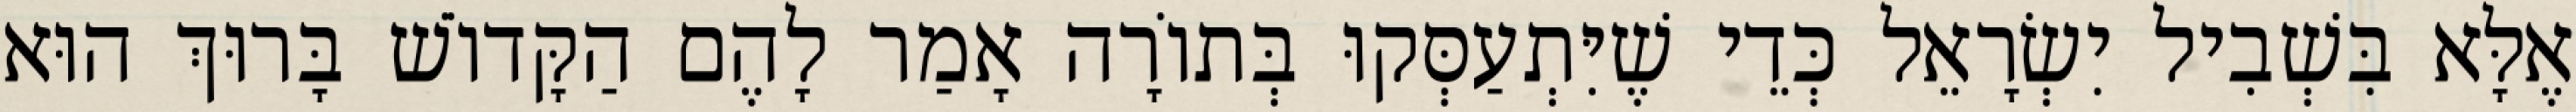
אֶלָּא בִּשְׁבִיל יִשְׂרָאֵל כְּדֵי שֶׁיִּתְעַסְּקוּ בְּתוֹרָה אָמַר לָהֶם הַקָּדוֹשׁ בָּרוּךְ הוּא